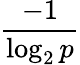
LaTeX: \frac{-1}{\log_{2}p}